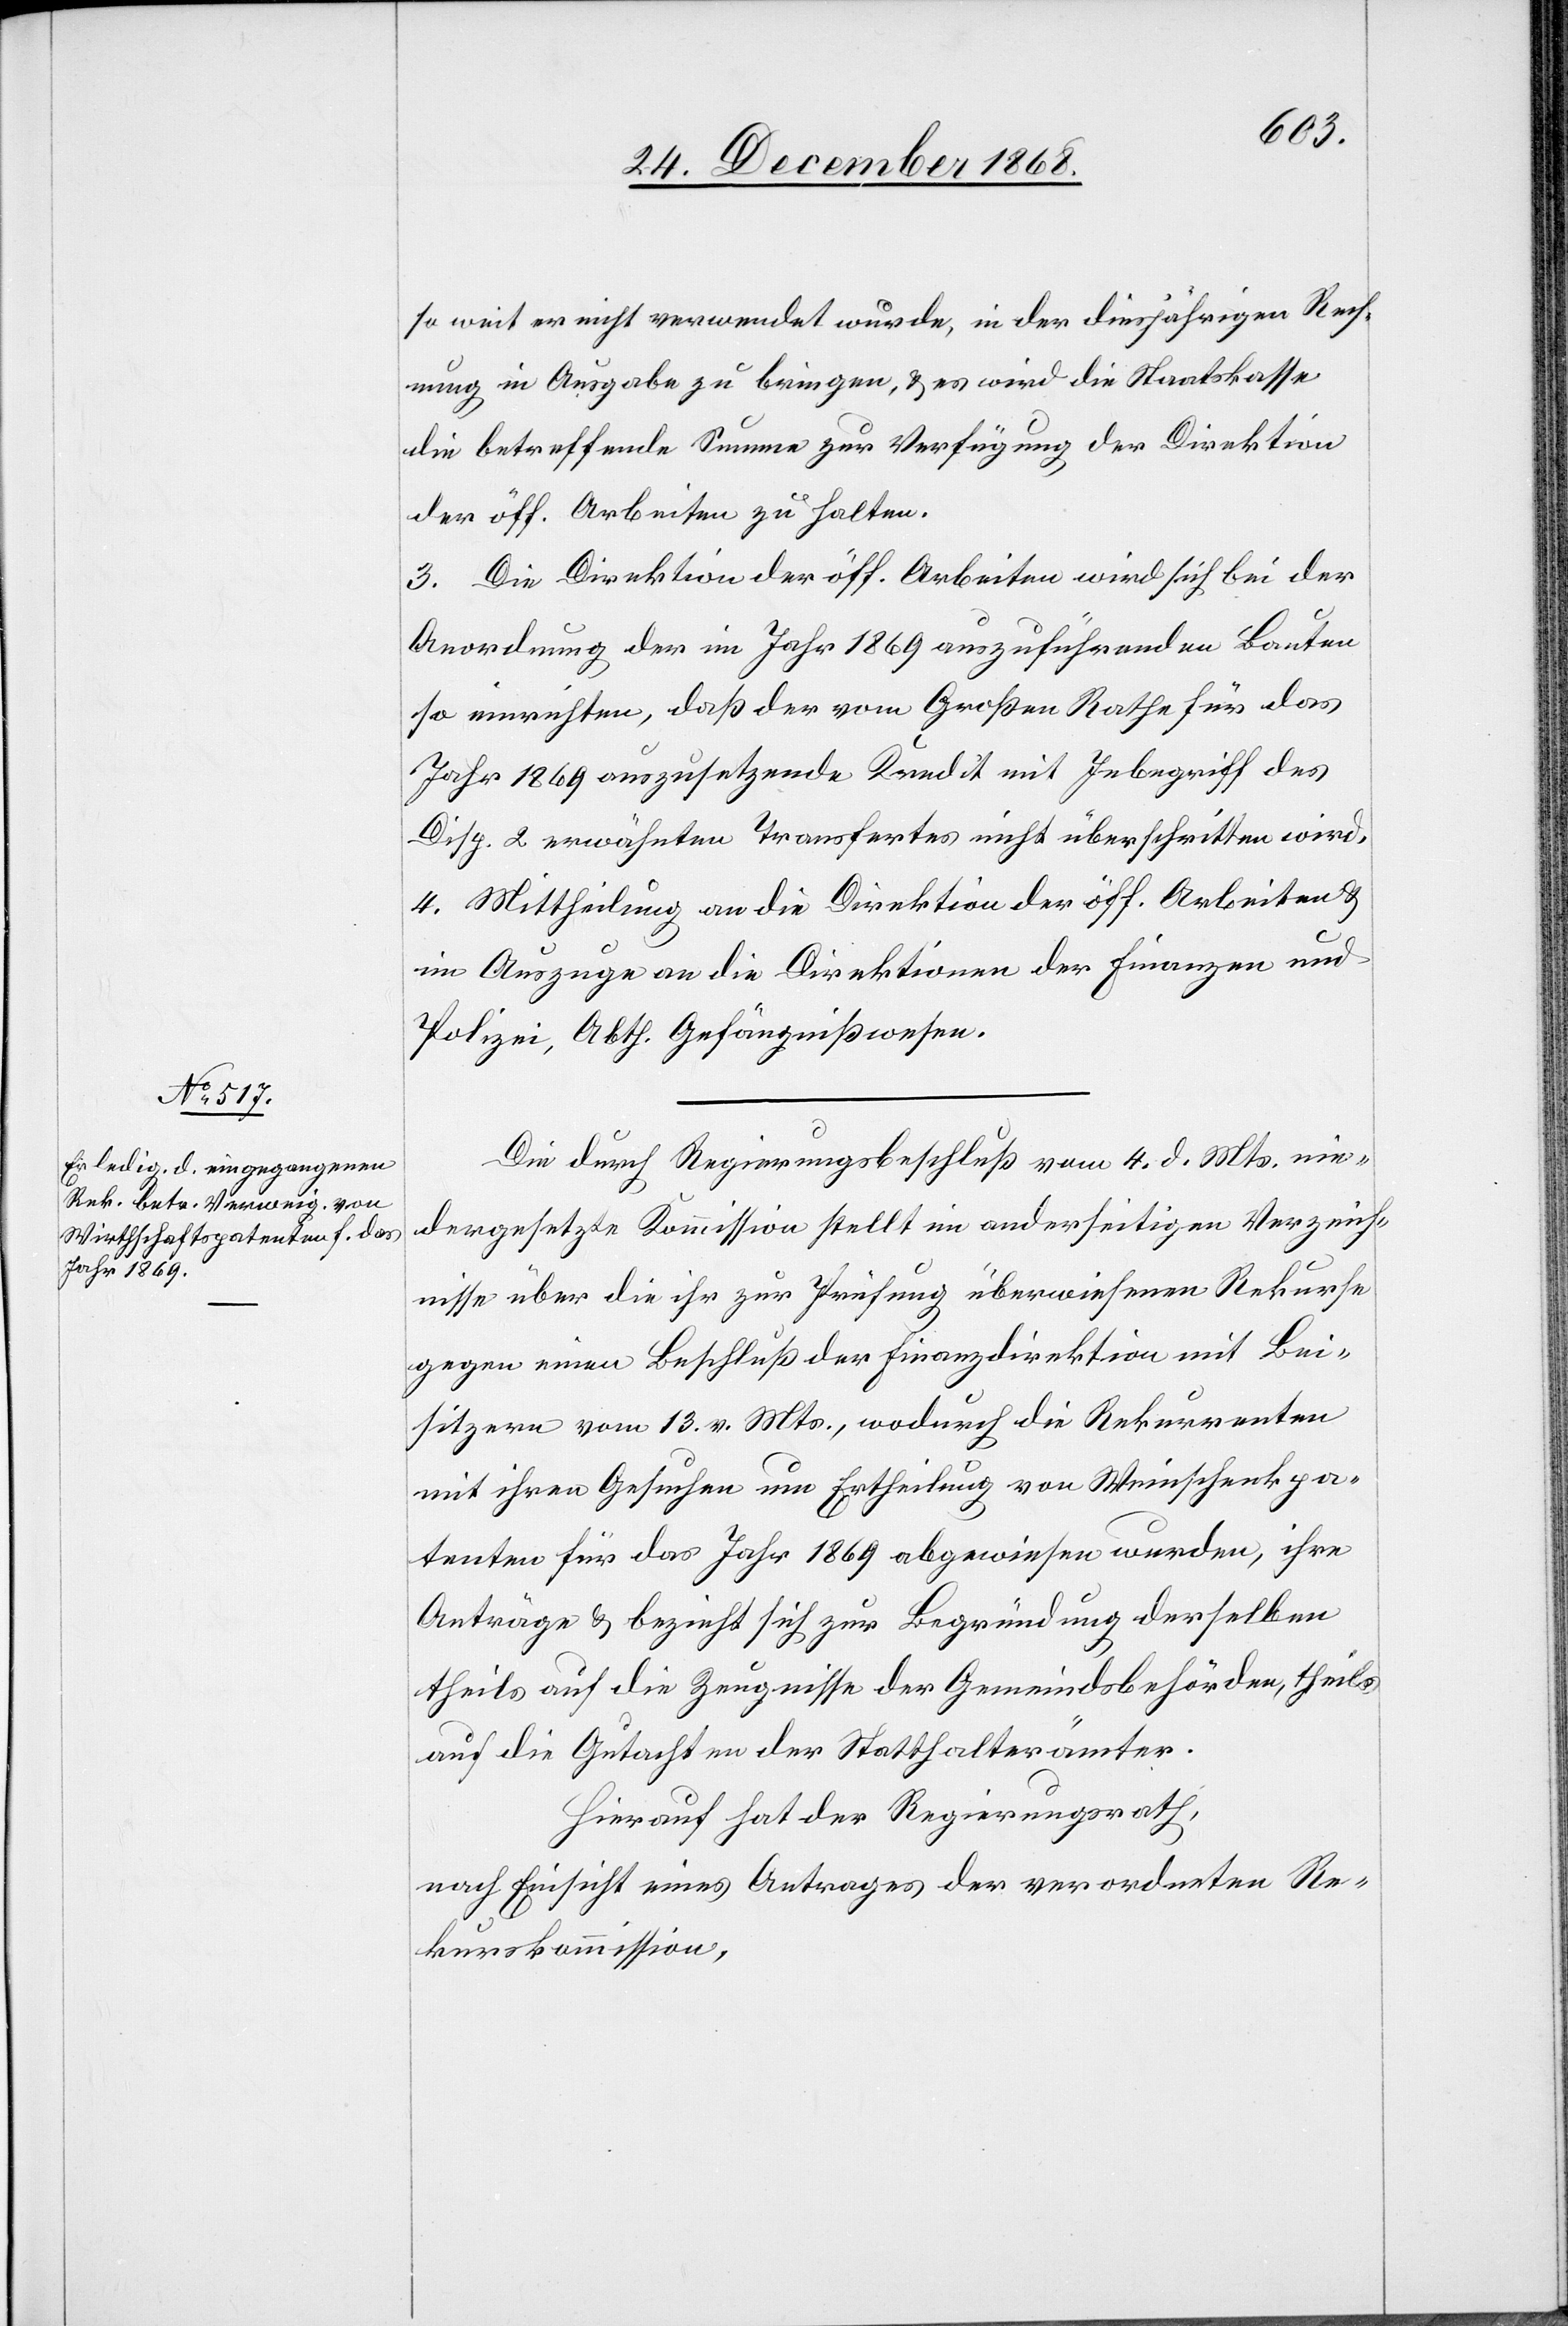
so weit er nicht verwendet wurde, in der diesjährigen Rech¬
nung in Ausgabe zu bringen, & es wird die Staatskasse
die betreffende Summe zur Verfügung der Direktion
3. Die Direktion der öff. Arbeiten wird sich bei der
Anordnung der im Jahr 1869 auszuführenden Bauten
so einrichten, daß der vom Großen Rathe für das
Jahr 1869 auszusetzende Kredit mit Inbegriff des
Disp. 2 erwähnten Transfertes nicht überschritten wird.
4. Mittheilung an die Direktion der öff. Arbeiten &
im Auszuge an die Direktionen der Finanzen und
Polizei, Abth. Gefängnißwesen.
Die durch Regierungsbeschluß vom 4. d. Mts. nie¬
dergesetzte Kommission stellt im anderseitigen Verzeich¬
nisse über die ihr zur Prüfung überwiesenen Rekurse
gegen einen Beschluß der Finanzdirektion mit Bei¬
sitzern vom 13. v. Mts., wodurch die Rekurrenten
mit ihren Gesuchen um Ertheilung von Weinschenkpa¬
tenten für das Jahr 1869 abgewiesen wurden, ihre
Anträge & bezieht sich zur Begründung derselben
theils auf die Zeugnisse der Gemeindsbehörden, theils
auf die Gutachten der Statthalterämter.
Hierauf hat der Regierungsrath,
nach Einsicht eines Antrages der verordneten Re¬
kurskommission,